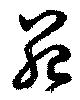
苑